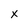
Character: x